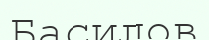
Басилов